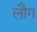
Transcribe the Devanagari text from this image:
लौग